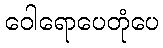
ဝေါရောပေတုံပေ